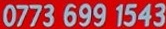
0773 699 543